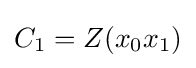
C_{1}=Z(x_{0}x_{1})